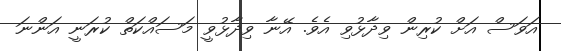
އަވަސް އަށް ކުރިން ވިދާޅުވި އެވެ. އޭނާ ވިދާޅުވީ މަސައްކަތް ކުރަނީ އަންނަ